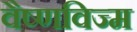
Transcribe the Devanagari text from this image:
वैष्णविज्म